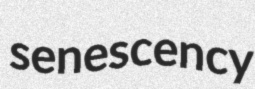
senescency